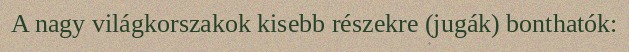
A nagy világkorszakok kisebb részekre (jugák) bonthatók: